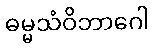
ဓမ္မသံဝိဘာဂေါ